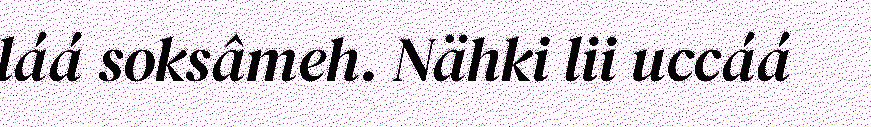
láá soksâmeh. Nähki lii uccáá